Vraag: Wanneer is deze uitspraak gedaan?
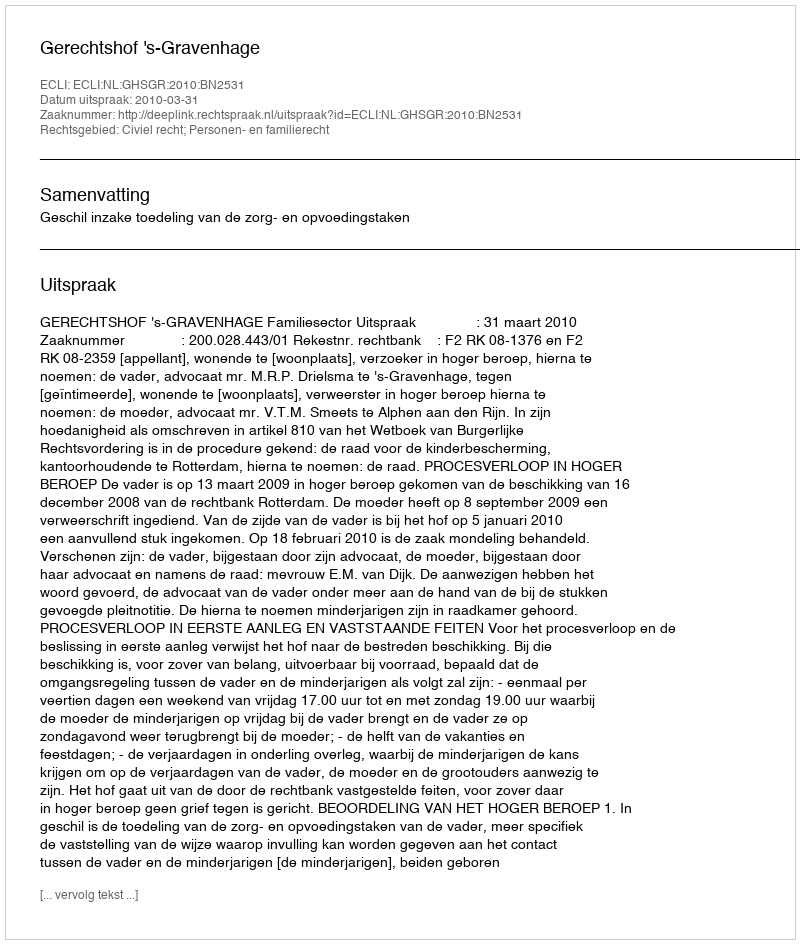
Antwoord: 2010-03-31